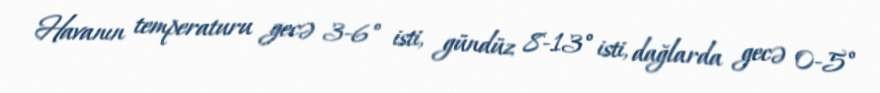
Havanın temperaturu gecə 3-6° isti, gündüz 8-13° isti, dağlarda gecə 0-5°